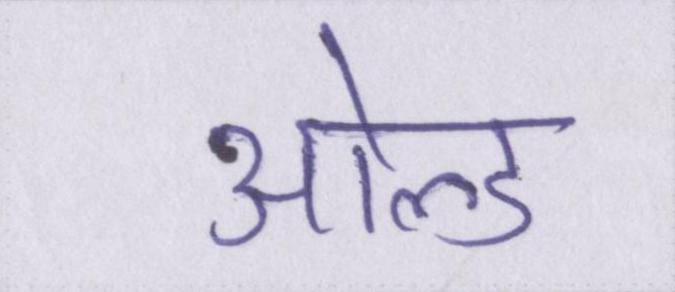
ओल्ड